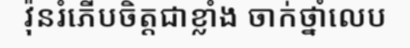
វ៉ុនរំភើបចិត្តជាខ្លាំង ចាក់ថ្នាំលេប